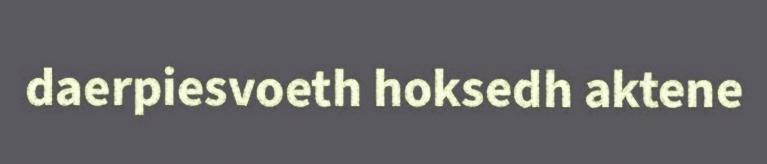
daerpiesvoeth hoksedh aktene